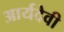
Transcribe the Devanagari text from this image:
आर्यदेवी